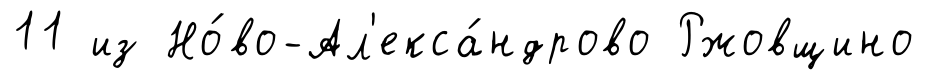
11 из Но́во-Ал'екса́ндрово Ржовщино